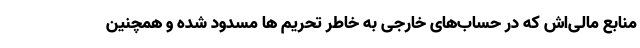
منابع مالی‌اش که در حساب‌های خارجی به خاطر تحریم ها مسدود شده و همچنین